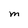
Character: M